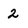
Character: 2